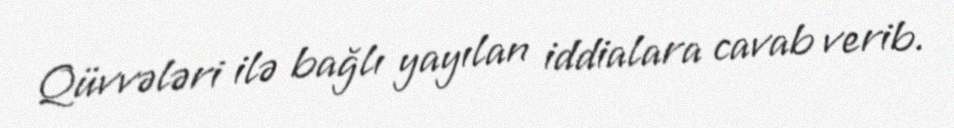
Qüvvələri ilə bağlı yayılan iddialara cavab verib.